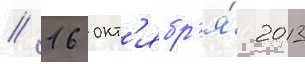
// 16 окт'ябр'я́ 2013